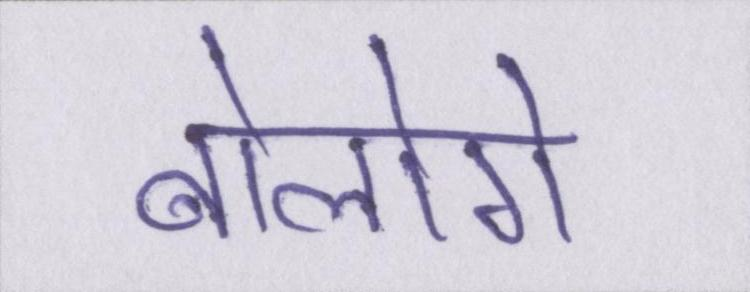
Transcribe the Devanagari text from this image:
बोलोगे